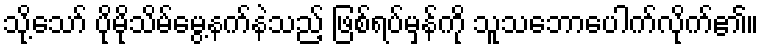
သို့သော် ပိုမိုသိမ်မွေ့နက်နဲသည့် ဖြစ်ရပ်မှန်ကို သူသဘောပေါက်လိုက်၏။